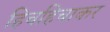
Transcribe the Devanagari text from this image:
हिचहिचाकर